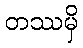
တဿမှိ